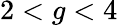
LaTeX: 2<g<4